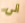
الى